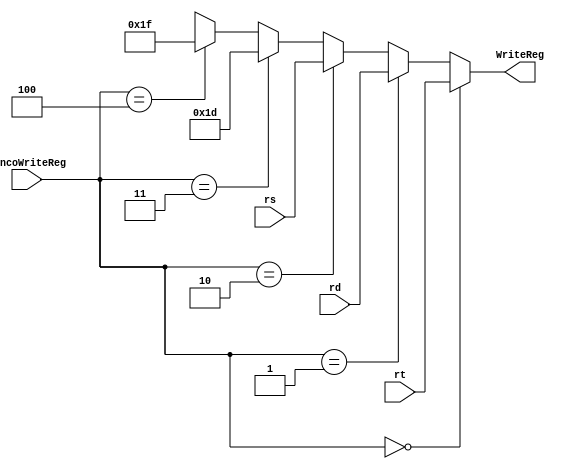
module mux_BancoWriteReg (
    input wire [4:0] rt, rd, rs, input wire [2:0] BancoWriteReg, output wire [4:0] WriteReg);
    
    assign WriteReg =  (BancoWriteReg == 0)? rt :
                    (BancoWriteReg == 1)? rd :
                    (BancoWriteReg == 2)? rs :
                    (BancoWriteReg == 3)? 29 : // SP
                    (BancoWriteReg == 4)? 31 : // JAL
                    5'bxxxxx; 

endmodule